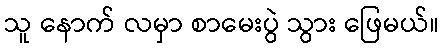
သူ နောက် လမှာ စာမေးပွဲ သွား ဖြေမယ်။